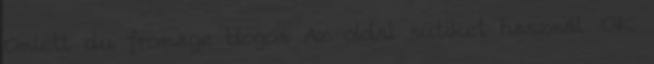
Omlett du fromage blogon Az oldal sütiket használ. OK